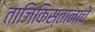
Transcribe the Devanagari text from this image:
ताजिकिस्तानाचे